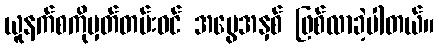
ယူနက်စကိုမှတ်တမ်းဝင် အမွေအနှစ် ဖြစ်လာခဲ့ပါတယ်။